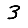
Digit: 3